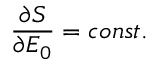
\frac { \partial S } { \partial { \cal { E } } _ { 0 } } = c o n s t .